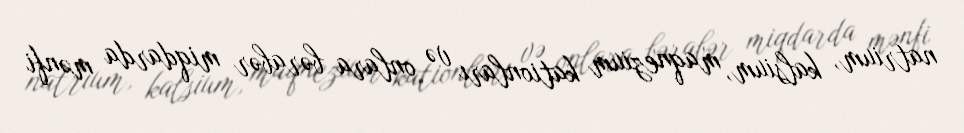
natrium, kalsium, maqnezium kationları və onlara bərabər miqdarda mənfi